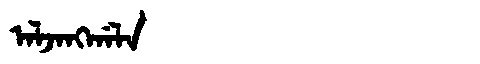
Manchu: ᠠᠯᠵᠠᠩᡤᠠᠯᠠ
Romanization: ALJANGGALA